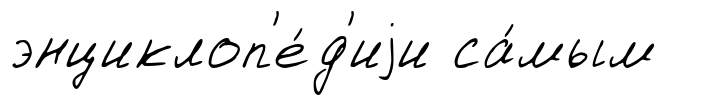
энциклоп'е́д'иjи са́мым